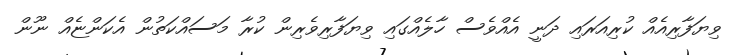
ވިޔަފާރިއެއް ކުރިއަރައި ދަނީ އެއްވެސް ހާލެއްގައި ވިޔަފާރިވެރިން ކުރާ މަސައްކަތުން އެކަންޏެއް ނޫން